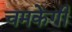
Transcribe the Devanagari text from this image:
चमकेगी